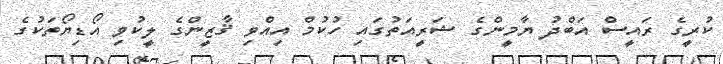
ކުރީގެ ރައީސް އަބްދު ޔާމީންގެ ޝަރީއަތުގައި ހުކުމް އިއްވި ޤާޒީންގެ ލީކުވި އޯޑިޔޯތަކުގެ